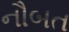
નૌબત